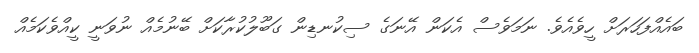
ބައެއްފަހަރަށް ހީވެއެވެ. ނަމަވެސް އެކަން އޭނަގެ ސިކުނޑިން ގަބޫލުކުރާކަށް ބޭނުމެއް ނުވަނީ ކީއްވެކަމެއް